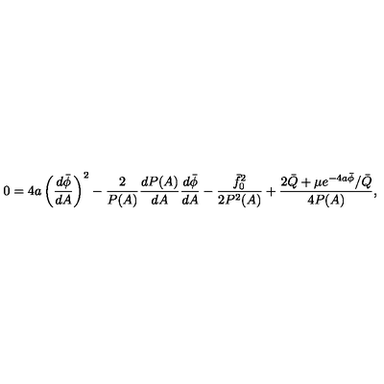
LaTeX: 0 = 4 a \left( \frac { d \bar { \phi } } { d A } \right) ^ { 2 } - \frac { 2 } { P ( A ) } \frac { d P ( A ) } { d A } \frac { d \bar { \phi } } { d A } - \frac { \bar { f } _ { 0 } ^ { 2 } } { 2 P ^ { 2 } ( A ) } + \frac { 2 \bar { Q } + \mu e ^ { - 4 a \bar { \phi } } / \bar { Q } } { 4 P ( A ) } ,